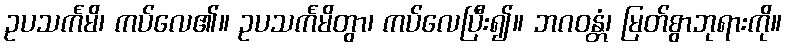
ဥပသင်္ကမိ၊ ကပ်လေ၏။ ဥပသင်္ကမိတွာ၊ ကပ်လေပြီး၍။ ဘဂဝန္တံ၊ မြတ်စွာဘုရားကို။